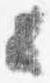
公